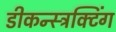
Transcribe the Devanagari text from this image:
डीकन्स्ट्रक्टिंग